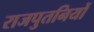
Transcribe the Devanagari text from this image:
राजपुतनियों